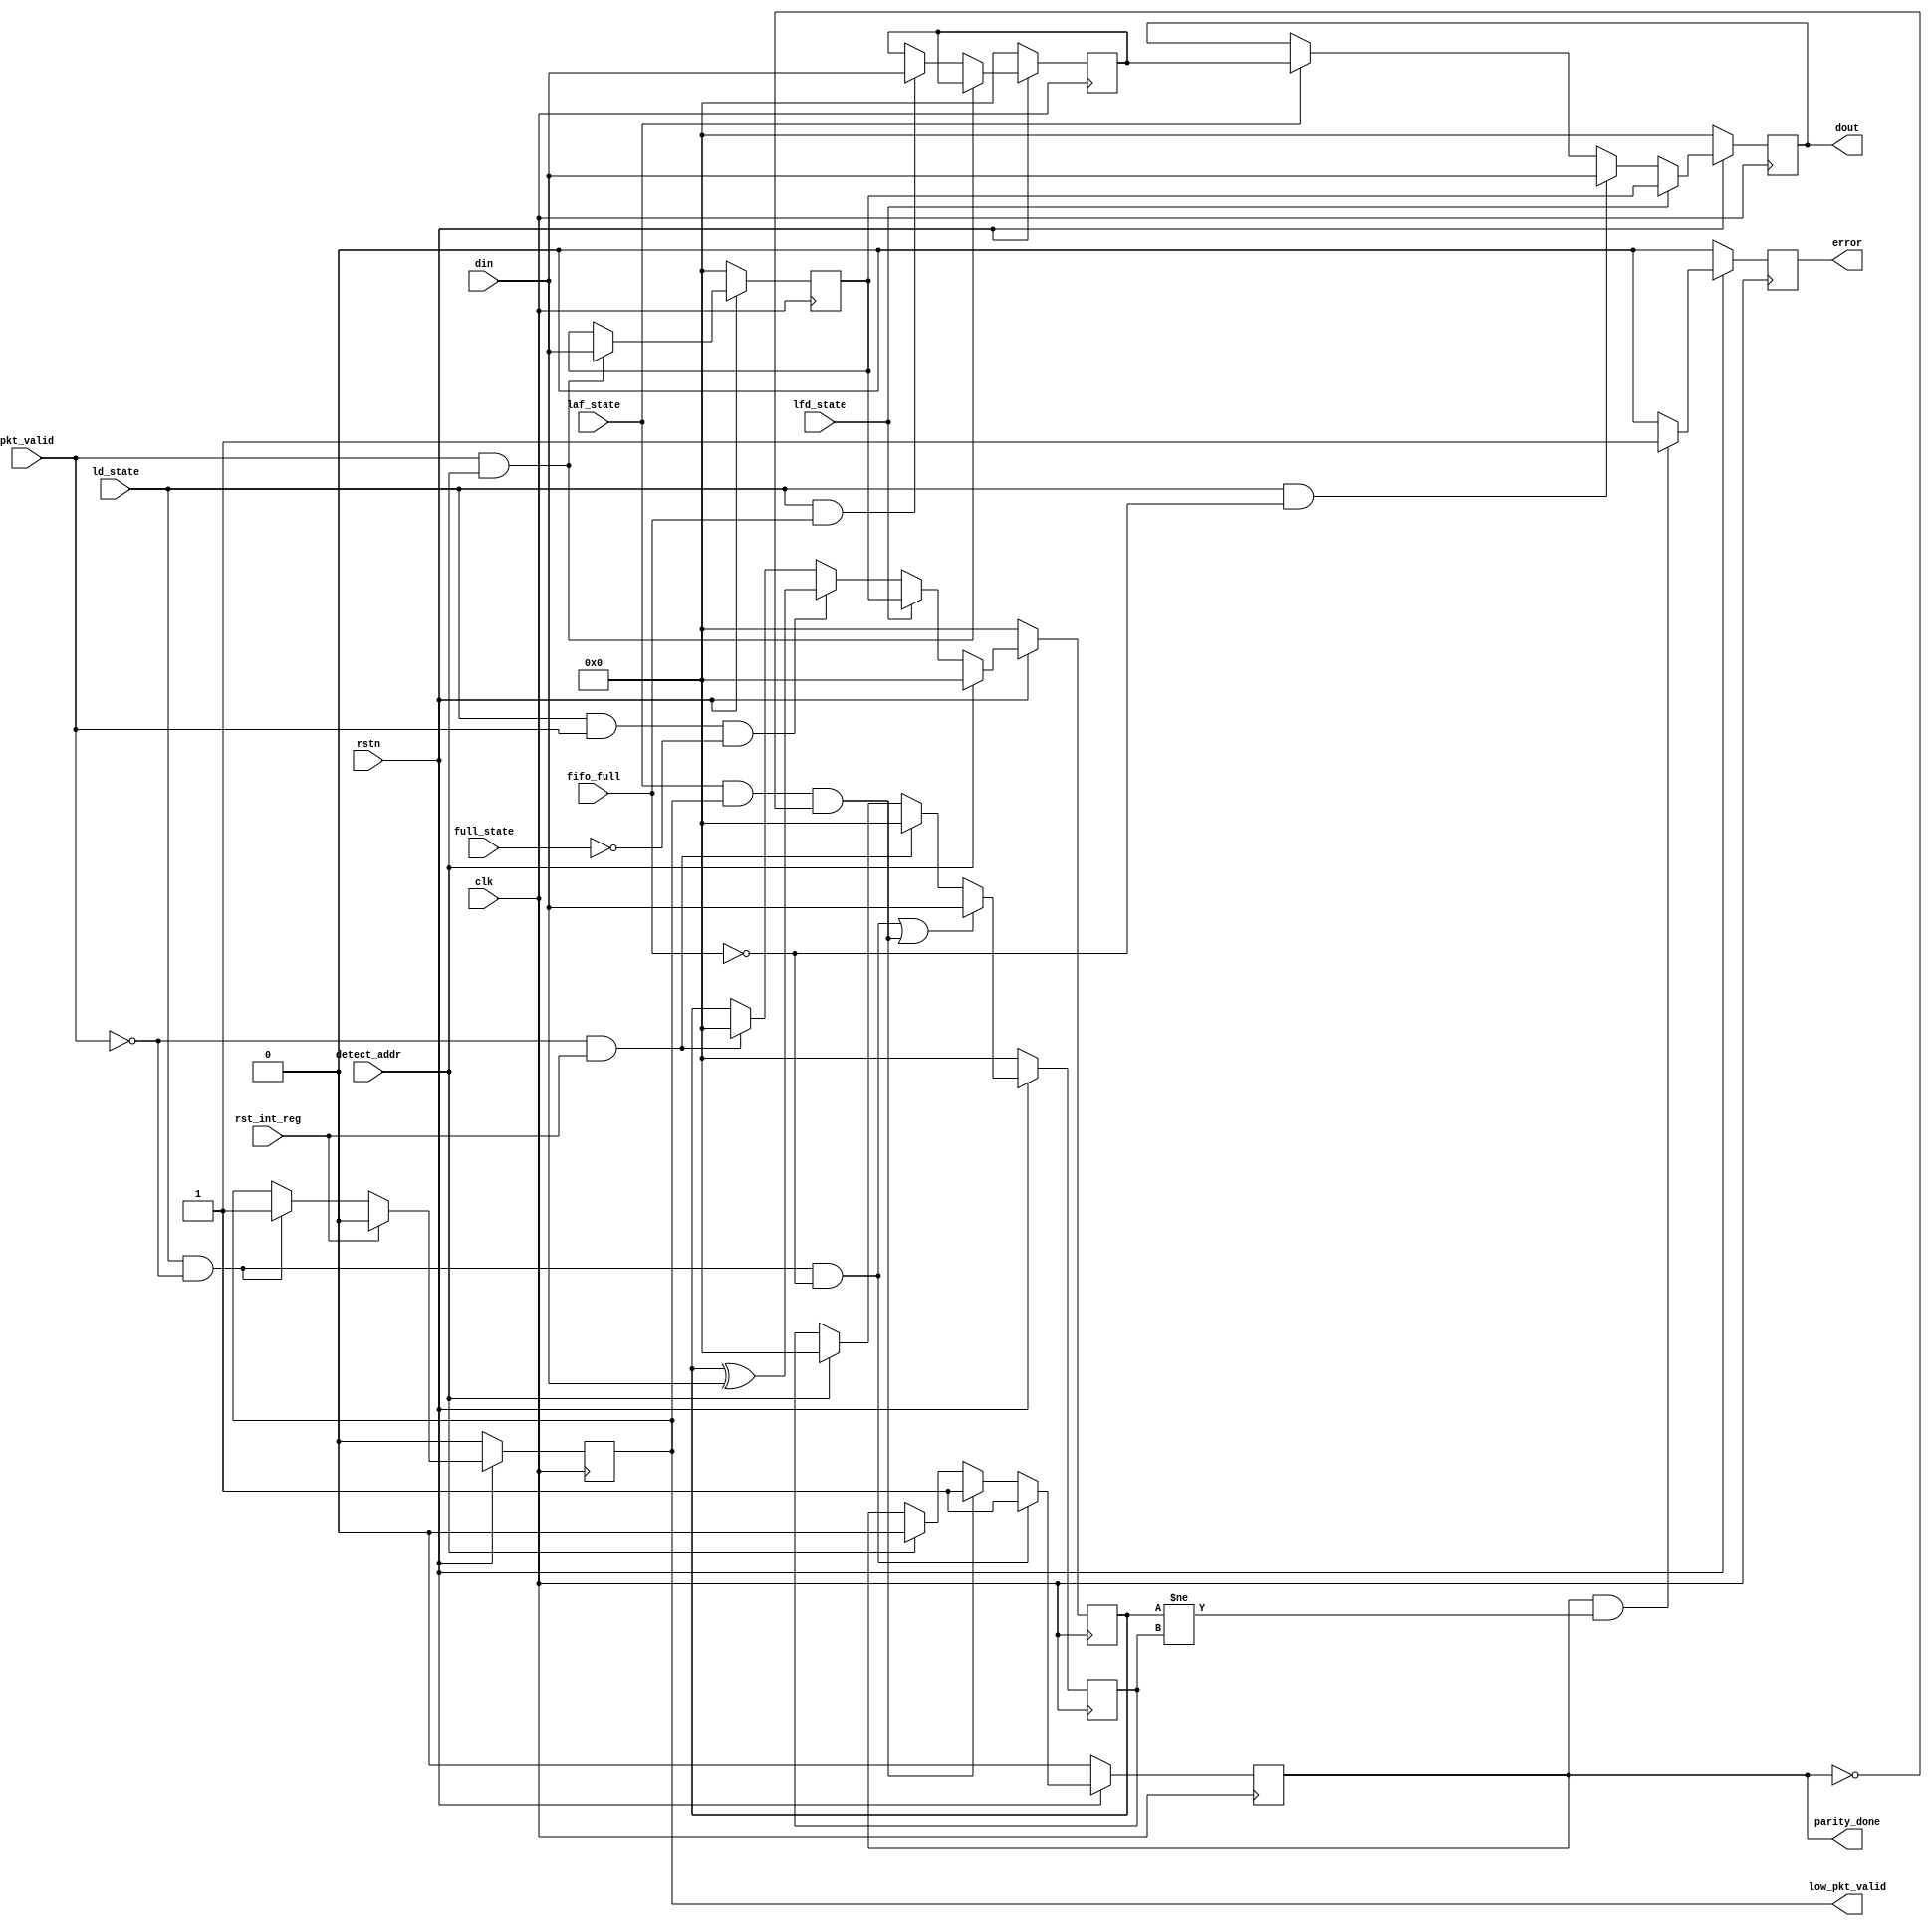
module router_register(clk,rstn,pkt_valid,fifo_full,rst_int_reg,detect_addr,ld_state,laf_state,full_state,lfd_state,din,parity_done,low_pkt_valid,error,dout);
input clk,rstn,pkt_valid,fifo_full,rst_int_reg,detect_addr,ld_state,laf_state,full_state,lfd_state;
input[7:0]din;
output reg parity_done,low_pkt_valid,error;
output reg [7:0]dout;
reg [7:0]header_byte,fifo_full_state_byte,internal_parity,pkt_parity;
always@(posedge clk)
begin
if(~rstn)
parity_done<=0;
else
begin
if(ld_state&& ~pkt_valid&& ~fifo_full)
parity_done<=1'b1;
else if(laf_state&&low_pkt_valid&& ~parity_done)
parity_done<=1'b1;
else
begin
if(detect_addr)
parity_done<=0;
end
end
end
always@(posedge clk)
begin
if(~rstn)
dout<=0;
else if(lfd_state)
dout<=header_byte;
else if(ld_state&& ~fifo_full)
dout<=din;
else if(laf_state)
dout<=fifo_full_state_byte;
else
dout<=dout;
end
always@(posedge clk)
begin
if(~rstn)
{header_byte,fifo_full_state_byte}<=0;
else
begin
if(pkt_valid&&detect_addr)
header_byte<=din;
else if(ld_state&&fifo_full)
fifo_full_state_byte<=din;
end
end
always@(posedge clk)
begin
if(~rstn)
low_pkt_valid<=1'b0;
else if(rst_int_reg)
low_pkt_valid<=1'b0;
else
begin
        if(~pkt_valid && ld_state)
low_pkt_valid<=1'b1;
end
end
always@(posedge clk)
begin
if(~rstn)
pkt_parity<=0;
else if((ld_state&& ~pkt_valid&& ~fifo_full)||(laf_state&&low_pkt_valid&& ~parity_done))
pkt_parity<=din;
else if(~pkt_valid&&rst_int_reg)
pkt_parity<=0;
else
begin
if(detect_addr)
pkt_parity<=0;
end
end
always@(posedge clk)
begin
if(~rstn)
internal_parity<=8'b0;
else if(detect_addr)
internal_parity<=8'b0;
else if (lfd_state)
internal_parity<=header_byte;
else if(ld_state&&pkt_valid&& ~full_state)
internal_parity<=internal_parity^din;
else if(~pkt_valid&&rst_int_reg)
internal_parity<=0;
end
always@(posedge clk)
begin
if(~rstn)
error<=0;
else
begin
if(parity_done==1'b1 && (internal_parity!=pkt_parity))
error<=1'b1;
else
error<=0;
end
end
endmodule